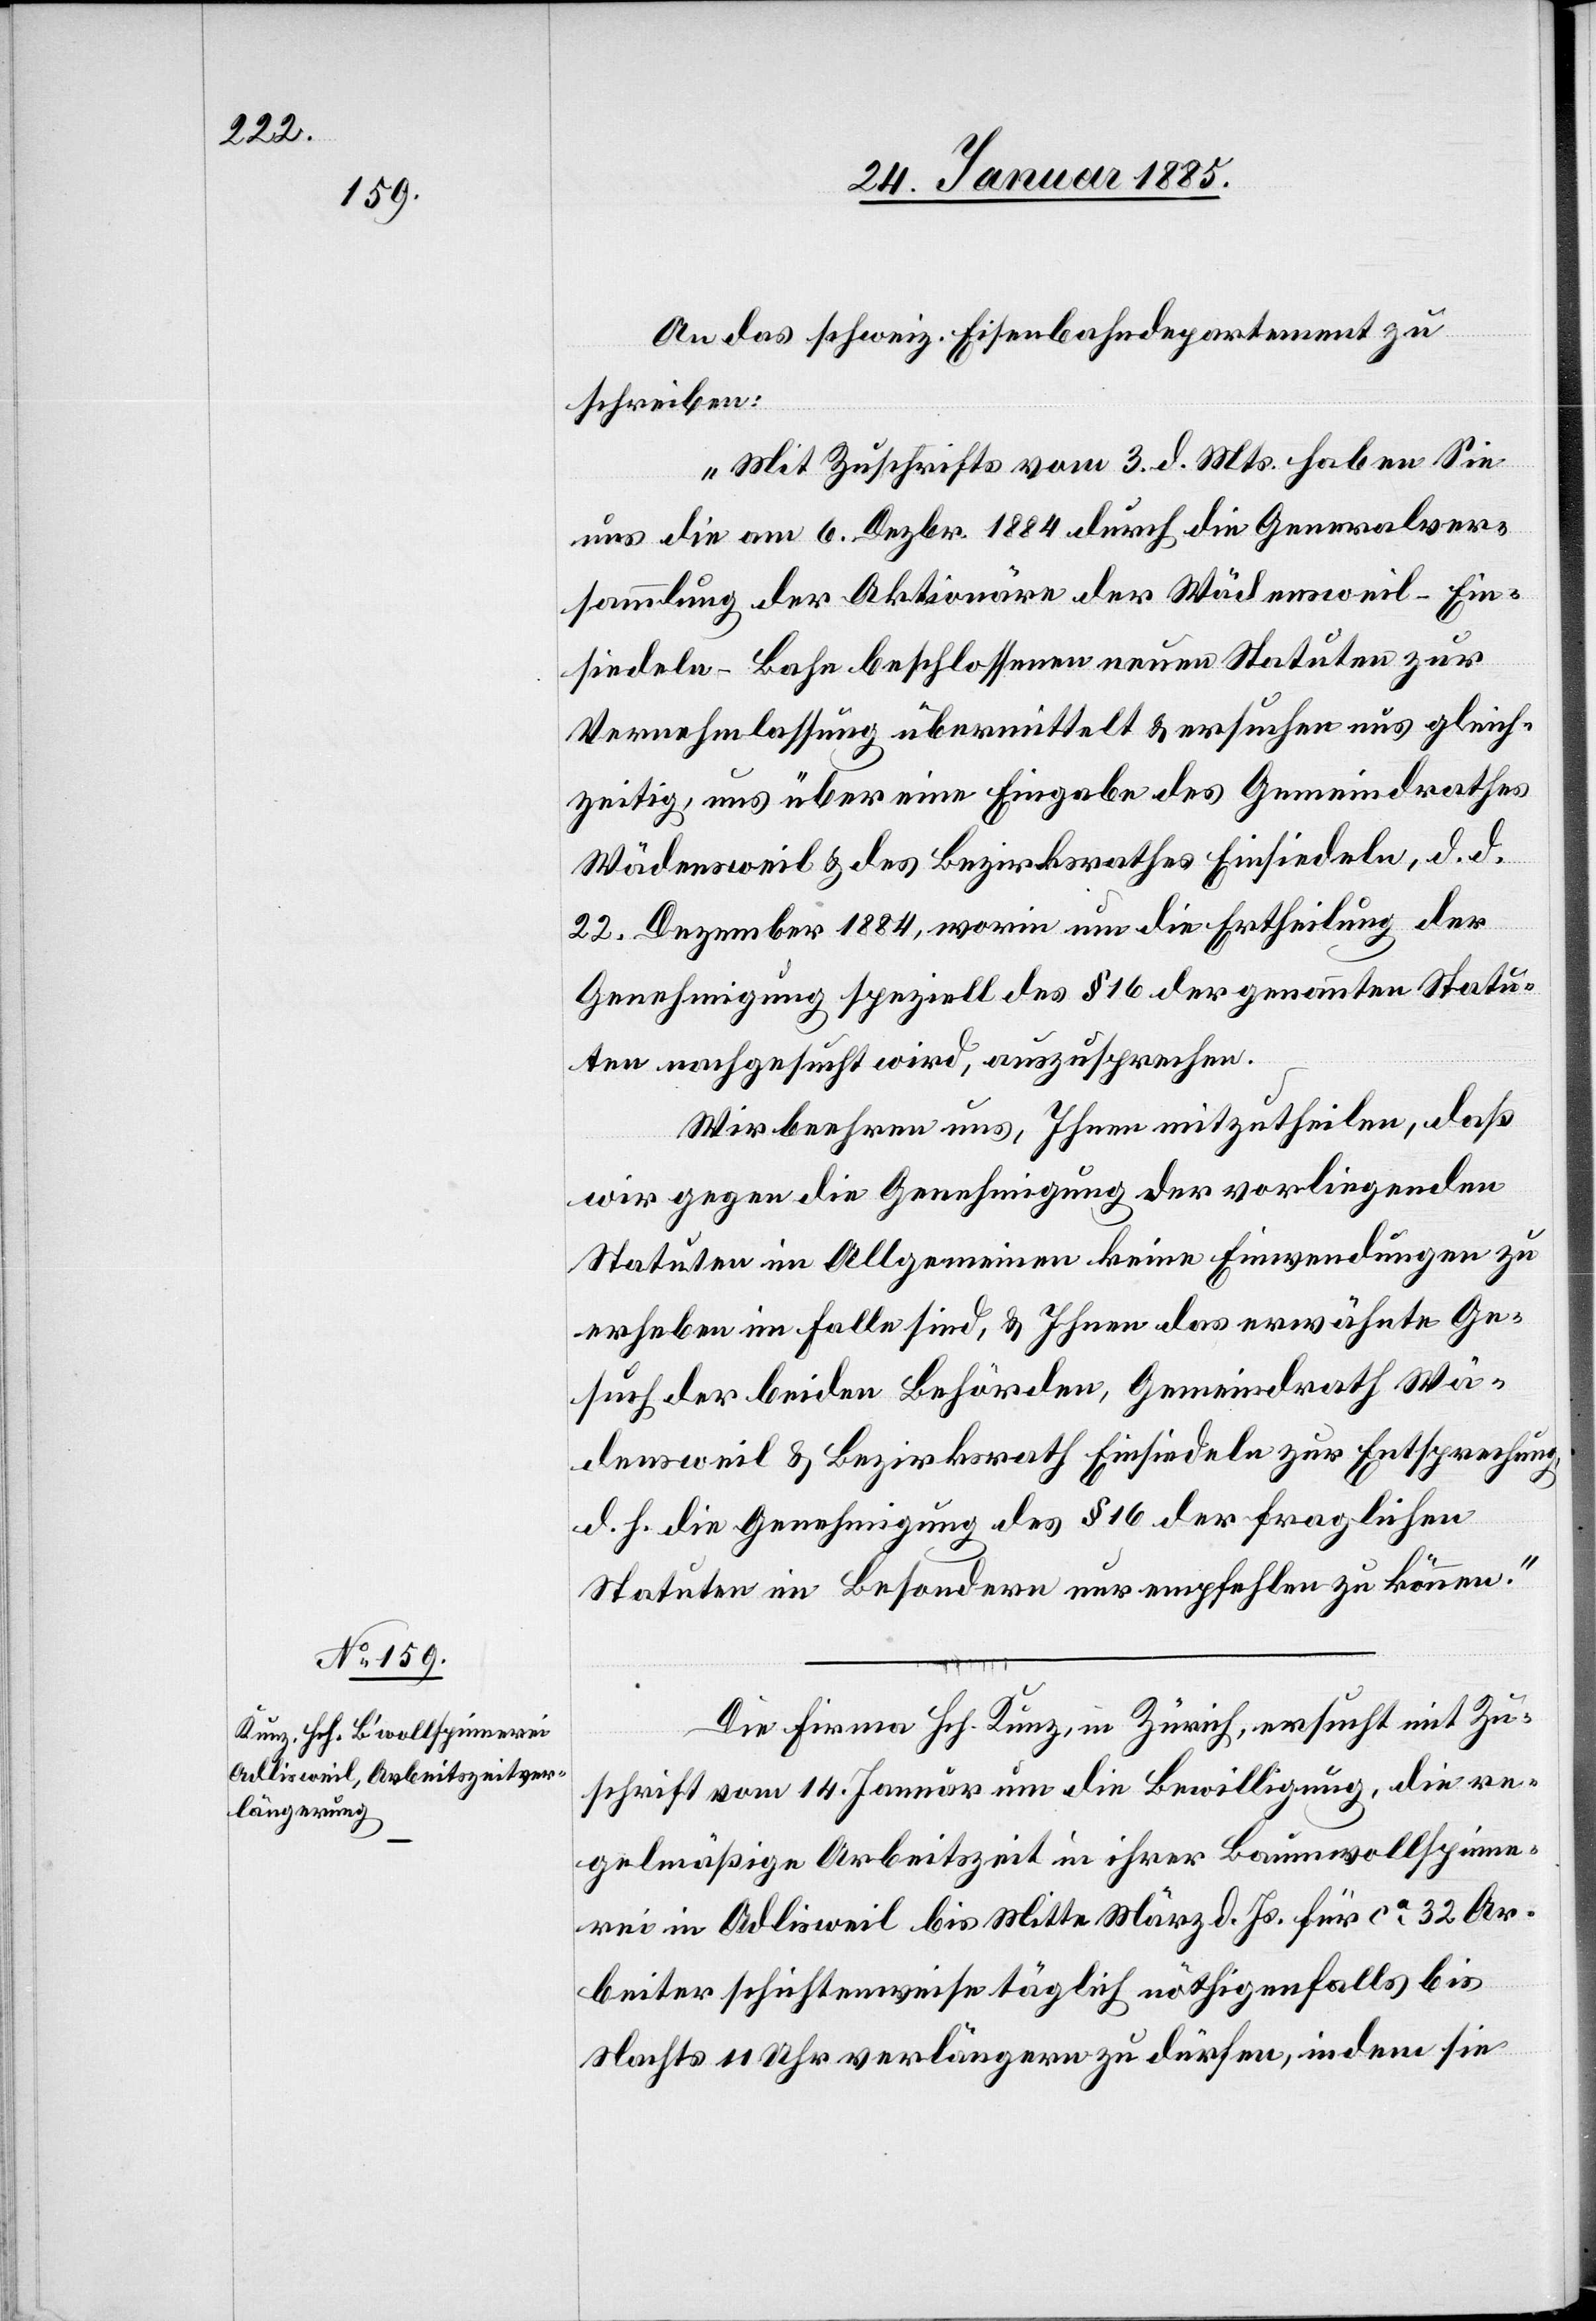
An das schweiz. Eisenbahndepartement zu
schreiben:
„Mit Zuschrift vom 3. d. Mts. haben Sie
uns die am 6. Dezbr. 1884 durch die Generalver¬
sammlung der Aktionäre der Wädensweil–Ein¬
siedeln-Bahn beschlossenen neuen Statuten zur
Vernehmlassung übermittelt & ersuchen uns gleich¬
zeitig, uns über eine Eingabe des Gemeindrathes
Wädensweil & des Bezirksrathes Einsiedeln, d. d.
22. Dezember 1884, worin um die Ertheilung der
Genehmigung speziell des § 16 der genannten Statu¬
ten nachgesucht wird, auszusprechen.
Wir beehren uns, Ihnen mitzutheilen, daß
wir gegen die Genehmigung der vorliegenden
Statuten im Allgemeinden keine Einwendungen zu
erheben im Falle sind, & Ihnen das erwähnte Ge¬
such der beiden Behörden, Gemeindrath Wä¬
densweil & Bezirksrath Einsiedeln zur Entsprechung
d. h. die Genehmigung des § 16 der fraglichen
Statuten im Besondern nur empfehlen zu können.“
Die Firma Hch. Kunz, in Zürich, ersucht mit Zu¬
schrift vom 14. Januar um die Bewilligung, die re¬
gelmäßige Arbeitszeit in ihrer Baumwollspinne¬
rei in Adlisweil bis Mitte März d. Js. für ca 32 Ar¬
beiter schichtenweise täglich nöthigenfalls bis
nachts 11 Uhr verlängern zu dürfen, indem sie